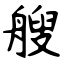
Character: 艘